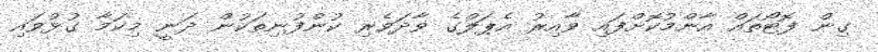
ގިން ފޮޓޯތައް އާންމުކޮށްފައި ވާއިރު އެޕަލްގެ ވާދަވެރި ކުންފުނިތަކުން ދަނީ މިކަމާ ގުޅުވައި